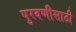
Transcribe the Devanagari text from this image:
पुरवणीसाठी